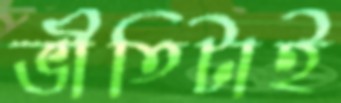
ভীতিটাই